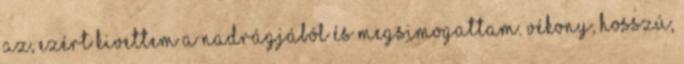
az, ezért kivettem a nadrágjából és megsimogattam. Vékony, hosszú,